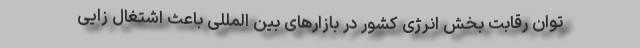
توان رقابت بخش انرژی کشور در بازارهای بین المللی باعث اشتغال زایی